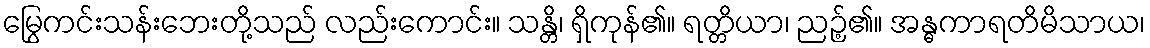
မြွေကင်းသန်းဘေးတို့သည် လည်းကောင်း။ သန္တိ၊ ရှိကုန်၏။ ရတ္တိယာ၊ ညဉ့်၏။ အန္ဓကာရတိမိသာယ၊